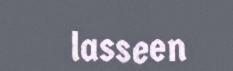
lasseen